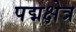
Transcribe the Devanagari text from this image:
पद्मक्षेत्र